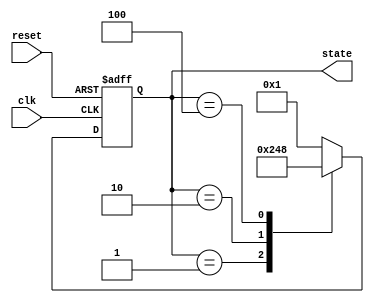
module ring_counter (
    input wire clk,          // Clock signal
    input wire reset,        // Asynchronous reset signal
    output reg [3:0] state   // 4-bit output representing the current state
);

// State encoding
localparam STATE_0 = 4'b0001;
localparam STATE_1 = 4'b0010;
localparam STATE_2 = 4'b0100;
localparam STATE_3 = 4'b1000;

// Sequential logic for state transitions
always @(posedge clk or posedge reset) begin
    if (reset) begin
        // Asynchronous reset to State 0
        state <= STATE_0;
    end else begin
        // State transition logic for the ring counter
        case (state)
            STATE_0: state <= STATE_1;
            STATE_1: state <= STATE_2;
            STATE_2: state <= STATE_3;
            STATE_3: state <= STATE_0;
            default: state <= STATE_0; // Default case to handle unexpected states
        endcase
    end
end

endmodule